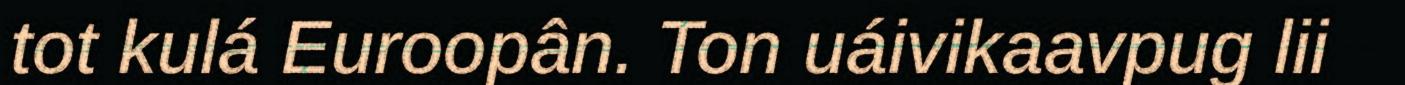
tot kulá Euroopân. Ton uáivikaavpug lii